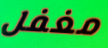
مغفل